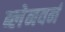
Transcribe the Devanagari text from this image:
ब्लेनवर्न